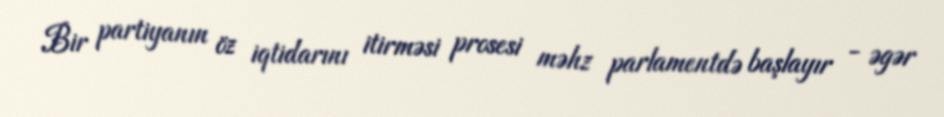
Bir partiyanın öz iqtidarını itirməsi prosesi məhz parlamentdə başlayır - əgər